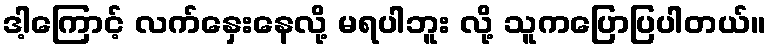
ဒါ့ကြောင့် လက်နှေးနေလို့ မရပါဘူး လို့ သူကပြောပြပါတယ်။